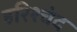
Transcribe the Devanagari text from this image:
हरिश्चंद